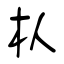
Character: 朲